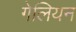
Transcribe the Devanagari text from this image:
गेलियन